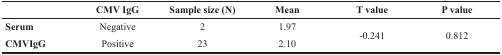
<table><thead><tr><td></td><td><b>CMV IgG</b></td><td><b>Sample size (N)</b></td><td><b>Mean</b></td><td><b>T value</b></td><td><b>P value</b></td></tr></thead><tbody><tr><td><b>Serum</b></td><td>Negative</td><td>2</td><td>1.97</td><td rowspan="2">-0.241</td><td rowspan="2">0.812</td></tr><tr><td><b>CMVIgG</b></td><td>Positive</td><td>23</td><td>2.10</td></tr></tbody></table>